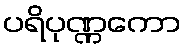
ပရိပုဏ္ဏကော